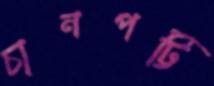
চানপট্টি